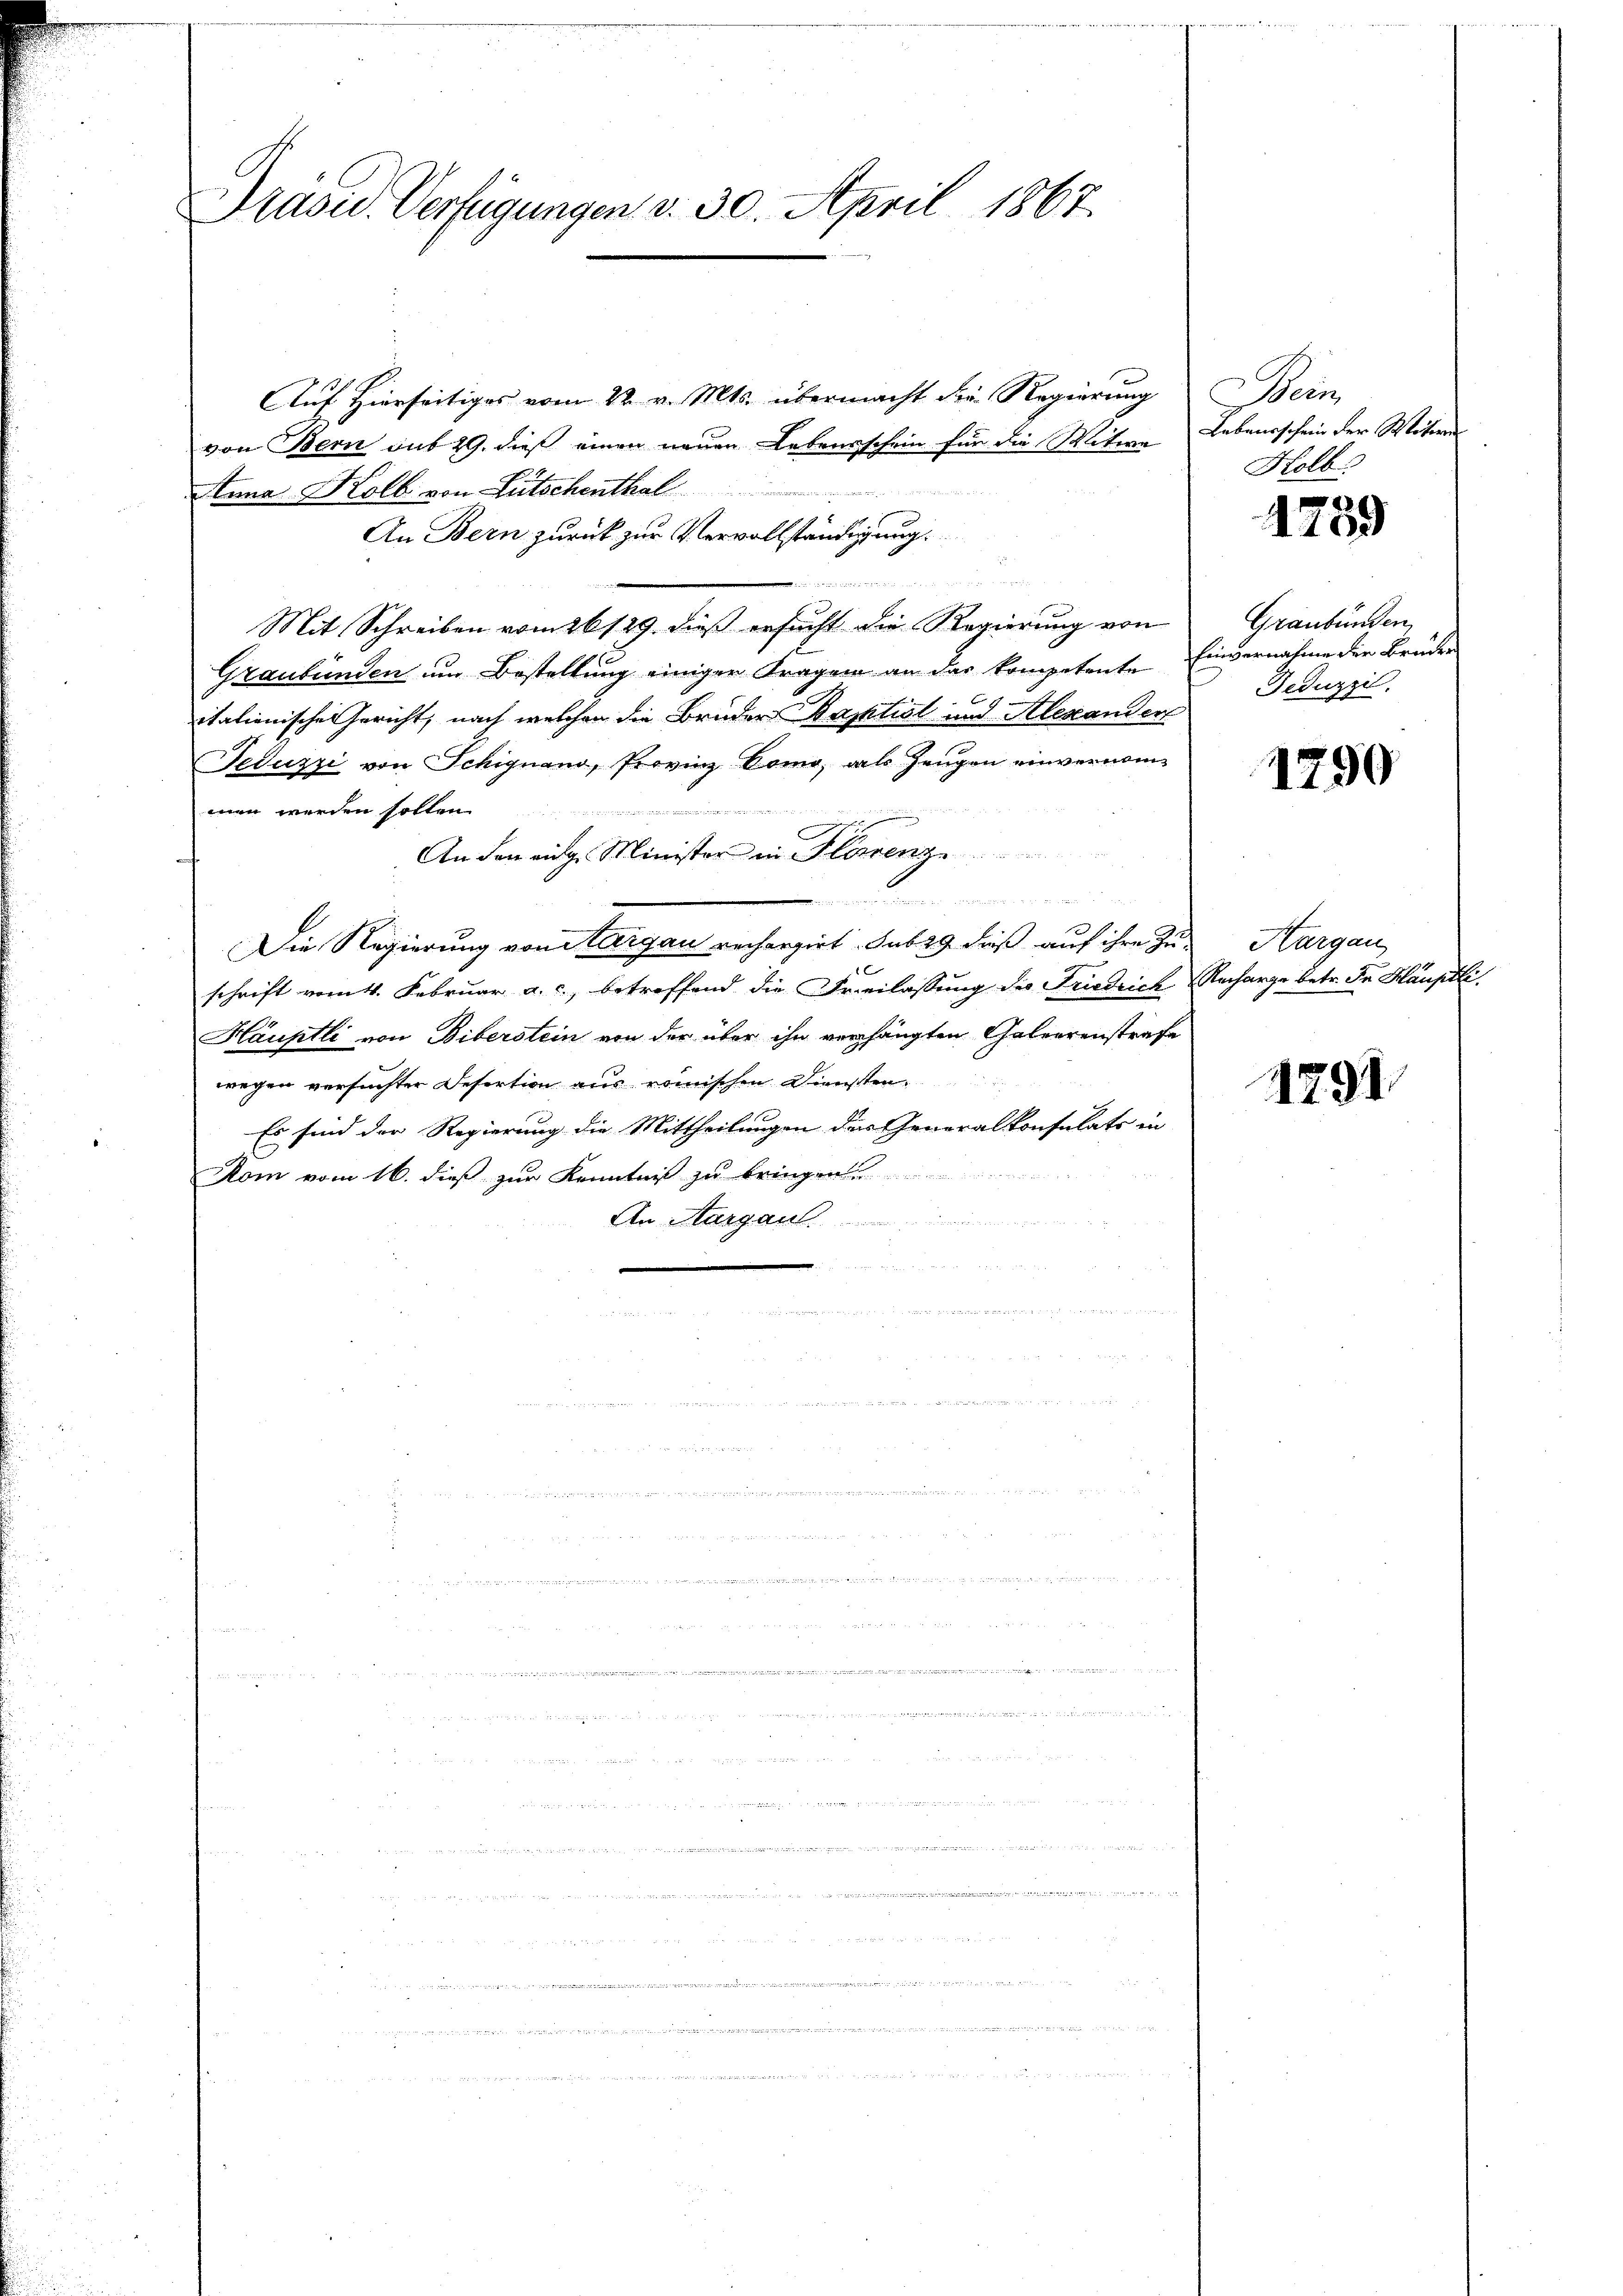
Präsid. Verfügungen v. 30. April 1867.

Auf Hierseitiges vom 22. v. Mts. übermacht die Regierung
von Bern sub 29. dieß einen neuen Lebensschein für die Witwe Lebensschein der Mitere

Anna Kolb von Lütschenthal
An Bern zurück zur Vervollständigung
un
Mit Schreiben vom 26 129. dieß ersucht die Regierung von
Graubünden um Bestellung einiger Fragen an das kompetente Einvernahme der Bruden
1

italienische Gericht, nach welchen die Brüder Baptist und Alexandert
Feduzzi von Schignano, Provinz Como, als Zeugen einvernommen werden sollen.
nur dann Frau d. 1137
An den eidg. Minister in Florenz

Die Regierung von Aargau rechargirt. sub 29 dieß auf ihre Zu-
schrift vom 4. Februar a. c., betreffend die Freilassung die Friedrich Nacharge betr. Fr. Hauptli.
Häuptli von Biberstein von der über ihn verhängten Galeerenstrafe
wegen versuchter Desertion aus römischen Diensten.
Es sind der Regierung die Mittheilungen der Generalkonsulats in
Rom vom 16. dieß zur Kenntniß zu bringen.
An Aargau

een
Holb

4759

Graubünden
Feduzzi.

1290

Hargau

1291